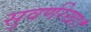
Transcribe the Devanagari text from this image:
सुवर्णरेखा।